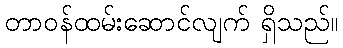
တာဝန်ထမ်းဆောင်လျက် ရှိသည်။